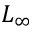
L _ { \infty }